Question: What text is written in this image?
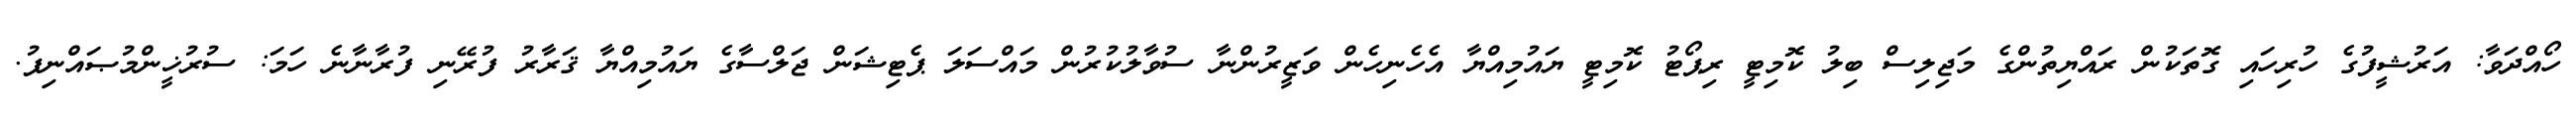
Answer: ހޯއްދަވާ: އަރުޝީފުގެ ހުރިހައި ގޮތަކުން ރައްޔިތުންގެ މަޖިލިސް ބިލު ކޮމިޓީ ރިޕޯޓު ކޮމިޓީ ޔައުމިއްޔާ އެހެނިހެން ވަޒީރުންނާ ސުވާލުކުރުން މައްސަލަ ޕެޓިޝަން ޖަލްސާގެ ޔައުމިއްޔާ ޤަރާރު ފުރޭނި ފުރާނާނެ ހަމަ: ސުރުޚީންމުޞައްނިފު.